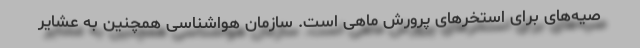
صیه‌های برای استخرهای پرورش ماهی است. سازمان هواشناسی همچنین به عشایر